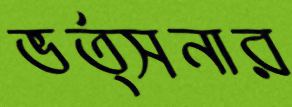
ভর্ত্সনার